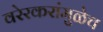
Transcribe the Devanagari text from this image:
वरेरकरांमुळेच